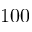
1 0 0